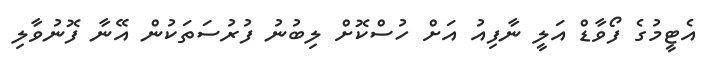
އެޓީމުގެ ފޯވާޑް އަލީ ނާފިއު އަށް ހުސްކޮށް ލިބުނު ފުރުސަތަކުން އޭނާ ފޮނުވާލި